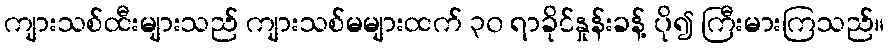
ကျားသစ်ထီးများသည် ကျားသစ်မများထက် ၃၀ ရာခိုင်နှုန်းခန့် ပို၍ ကြီးမားကြသည်။